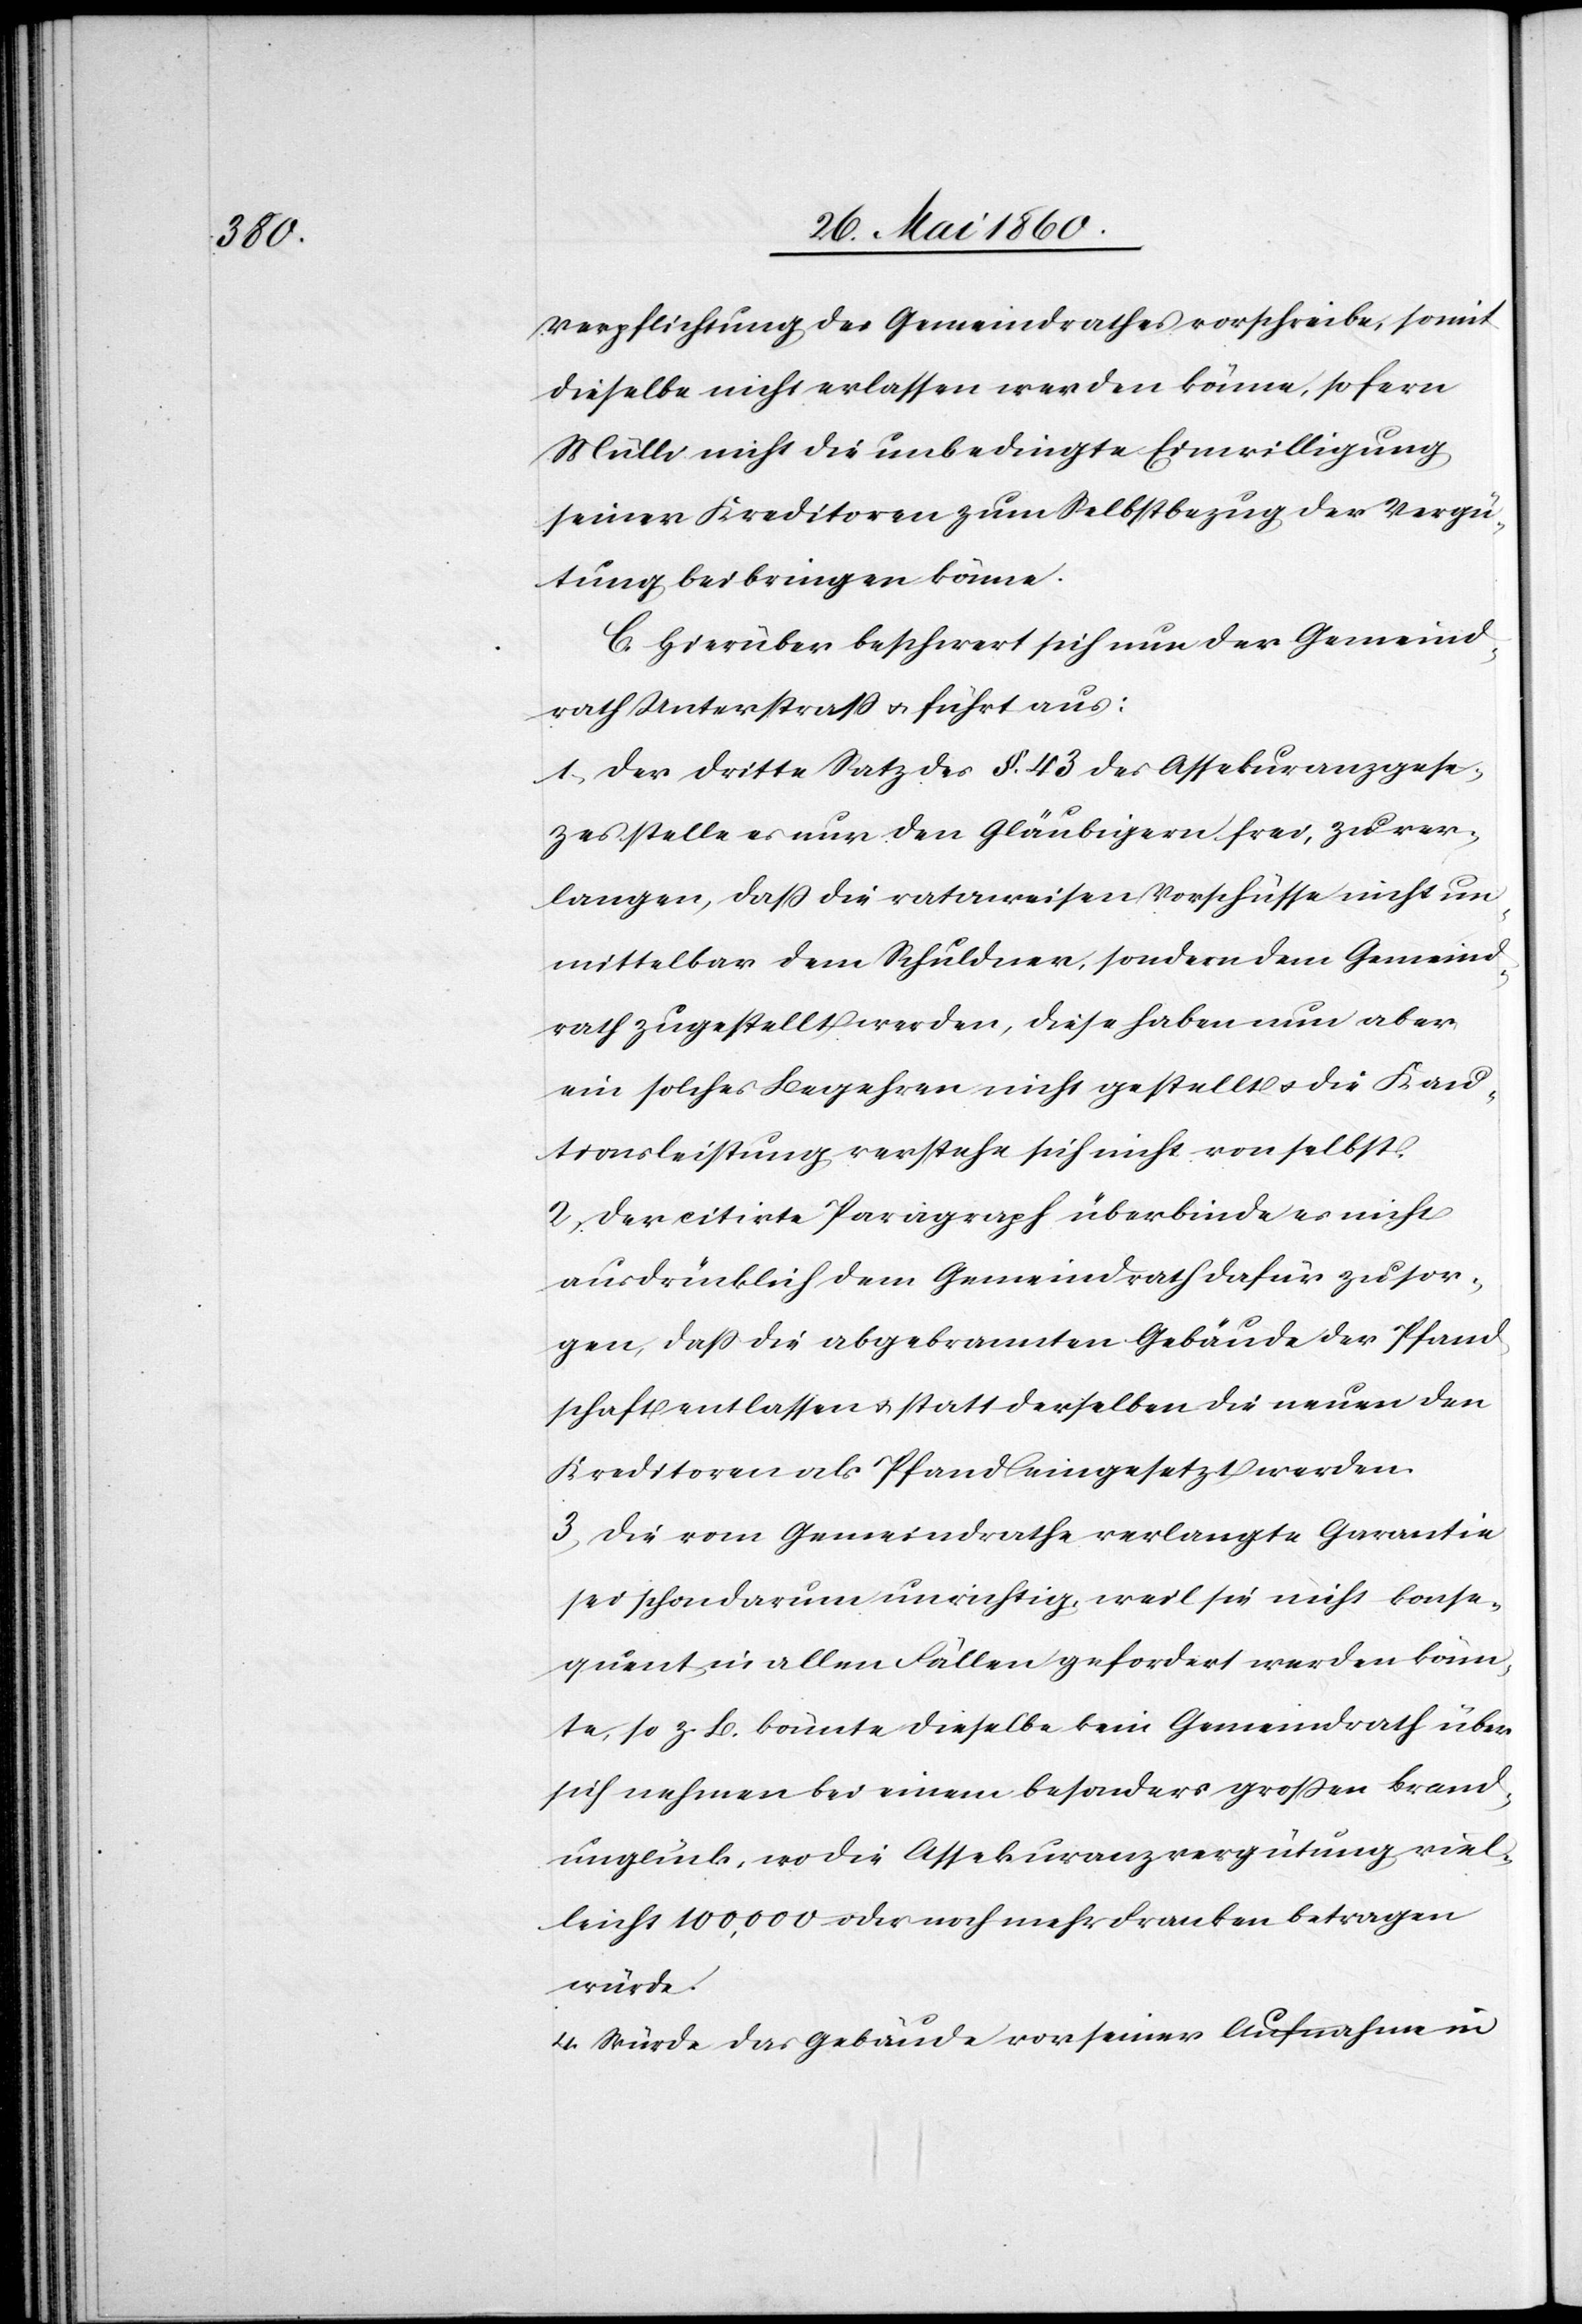
Verpflichtung des Gemeindrathes vorschreibe, somit
dieselbe nicht erlassen werden könne, so fern
Mülli nicht die unbedingte Einwilligung
seiner Kreditoren zum Selbstbezug der Vergü¬
tung beibringen könne.
C. Hierüber beschwert sich nur der Gemeind¬
rath Unterstrass u. führt aus:
1. Der dritte Satz des §. 43. des Assekuranzgeset¬
zes stelle es nur den Gläubigern frei, zu ver¬
langen, dass die rataweisen Vorschüsse nicht un¬
mittelbar dem Schuldner, sondern dem Gemeind¬
rath zugestellt werden, diese haben nun aber
ein solches Begehren nicht gestellt u. die Kau¬
tionsleistung verstehe sich nicht von selbst.
2. der citirte Paragraph überbinde es nicht
ausdrücklich dem Gemeindrath dafür zu sor¬
gen, daß die abgebrannten Gebäude der Pfand¬
schaft entlassen u. statt derselben die neuen den
Kreditoren als Pfand eingesetzt werden.
3. Die vom Gemeindrathe verlangte Garantie
sei schon darum unrichtig, weil sie nicht konse¬
quent in allen Fällen gefordert werden könn¬
te, so z. B. könnte dieselbe kein Gemeindrath über
sich nehmen bei einem besonders grossen Brand¬
unglück, wo die Assekuranzvergütung viel¬
leicht 100,000 oder mehr Franken betragen
würde.
4. Würde das Gebäude vor seiner Aufnahme in